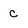
Character: c